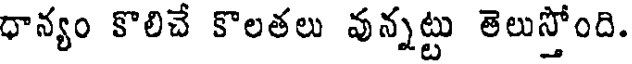
ధాన్యం కొలిచే కొలతలు వున్నట్టు తెలుస్తోంది.